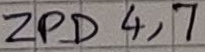
Text: ZPD4,7